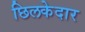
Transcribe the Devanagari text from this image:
छिलकेदार